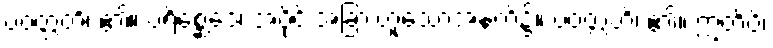
ပဝတ္တတိ၊ ၏။ ပရိစ္ဆေဒေ၊ အပိုင်းအခြားဟူသောအနက်၌။ ပဝတ္တတိ၊ ၏။ ဣတိပိ၊